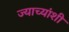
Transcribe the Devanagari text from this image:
ज्याच्यांशी